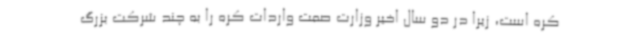
کره است، زیرا در دو سال اخیر وزارت صمت واردات کره را به چند شرکت بزرگ